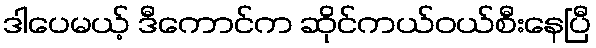
ဒါပေမယ့် ဒီကောင်က ဆိုင်ကယ်ဝယ်စီးနေပြီ